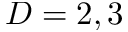
D = 2 , 3